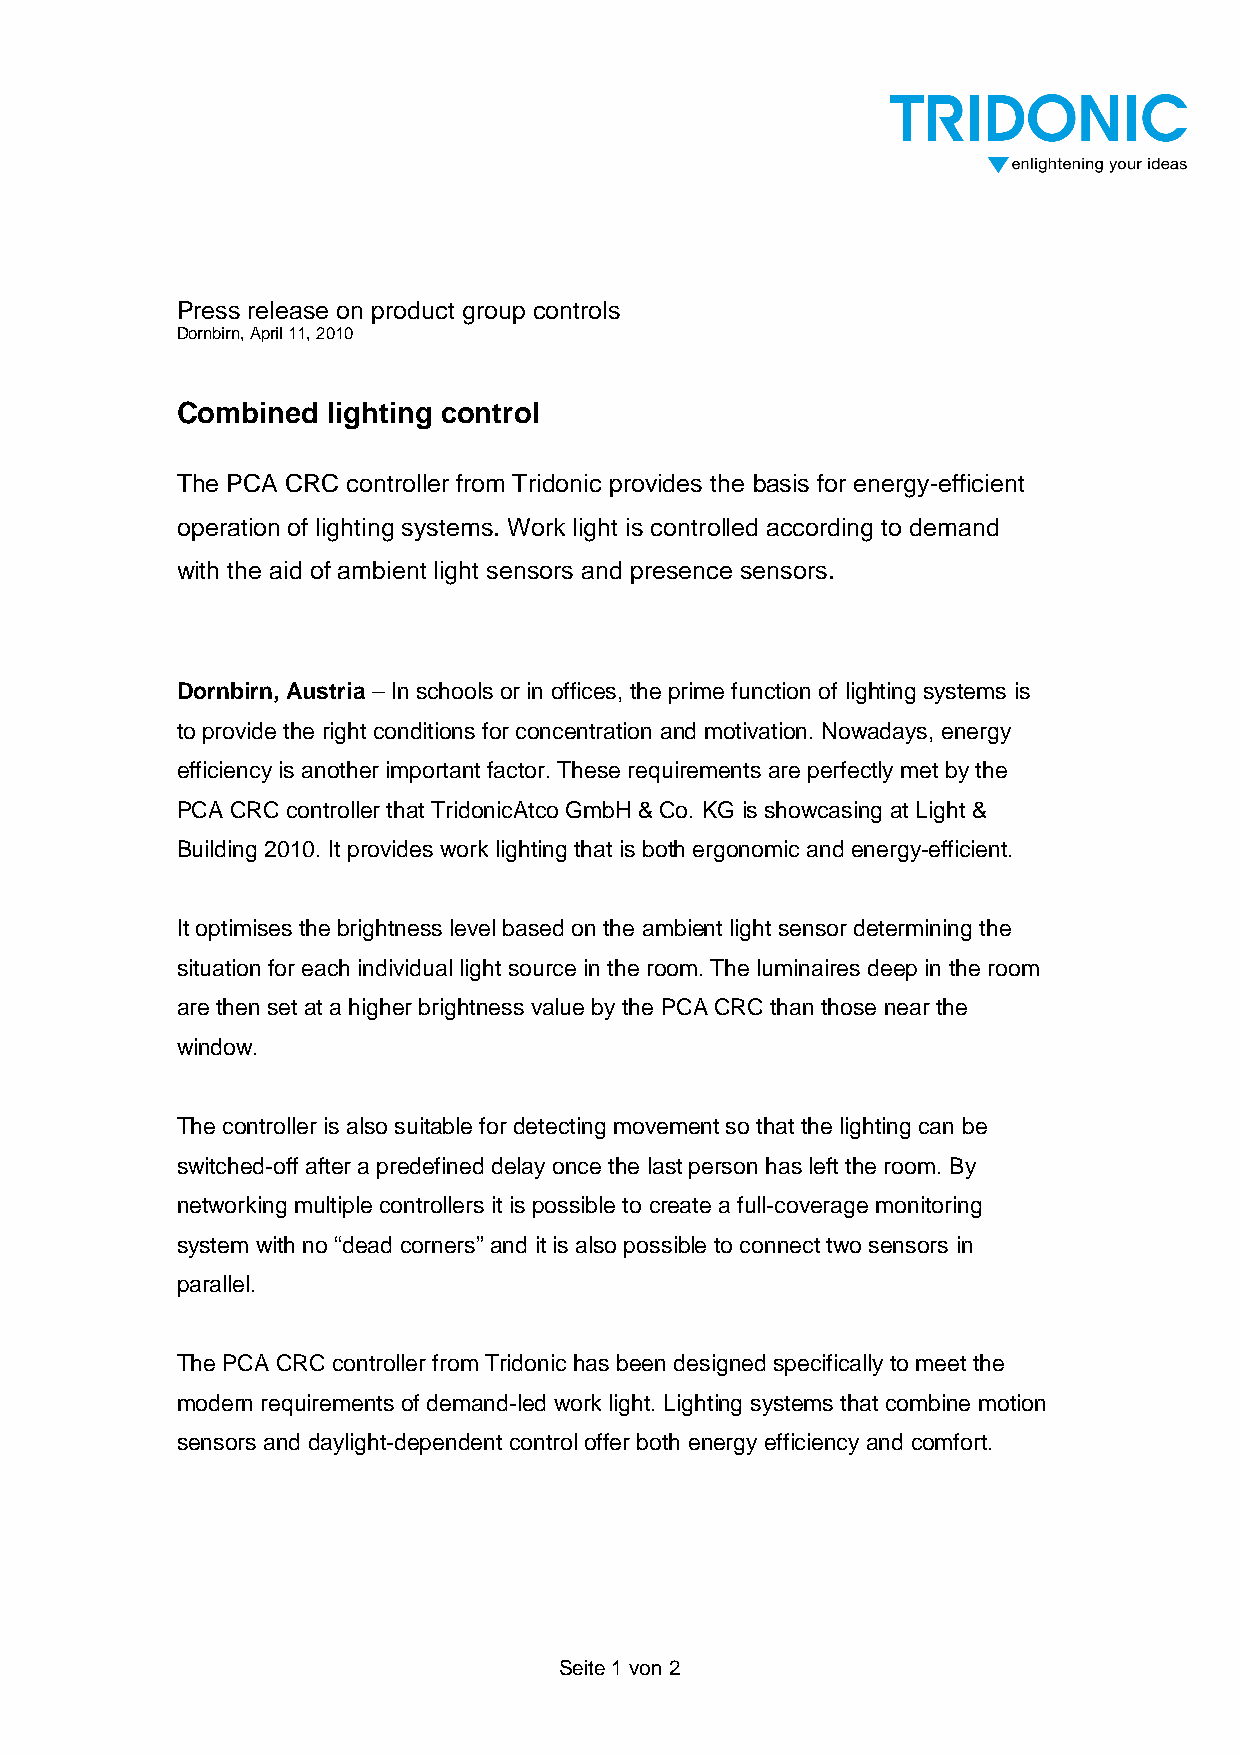
Press release on product group controls
 Dornbirn, April 11, 2010
 Combined  lighting control
 The PCA CRC controller from Tridonic provides the basis for energy-efficient
 operation of lighting systems. Work light is controlled according to demand
 with the aid of ambient light sensors and presence sensors.
 Dornbirn, Austria – In schools or in offices, the prime function of lighting systems is
 to provide the right conditions for concentration and motivation. Nowadays, energy
 efficiency is another important factor. These requirements are perfectly met by the
 PCA CRC controller that TridonicAtco GmbH & Co. KG is showcasing at Light &
 Building 2010. It provides work lighting that is both ergonomic and energy-efficient.
 It optimises the brightness level based on the ambient light sensor determining the
 situation for each individual light source in the room. The luminaires deep in the room
 are then set at a higher brightness value by the PCA CRC than those near the
 window.
 The controller is also suitable for detecting movement so that the lighting can be
 switched-off after a predefined delay once the last person has left the room. By
 networking multiple controllers it is possible to create a full-coverage monitoring
 system with no “dead corners” and it is also possible to connect two sensors in
 parallel.
 The PCA CRC controller from Tridonic has been designed specifically to meet the
 modern requirements of demand-led work light. Lighting systems that combine motion
 sensors and daylight-dependent control offer both energy efficiency and comfort.
 Seite 1 von 2